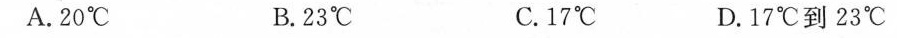
A.20C B.23°℃ C.17 D.17℃到23℃